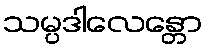
သမ္ပဒါလေန္တော